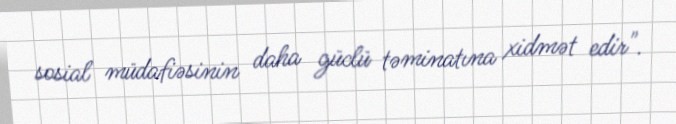
sosial müdafiəsinin daha güclü təminatına xidmət edir".